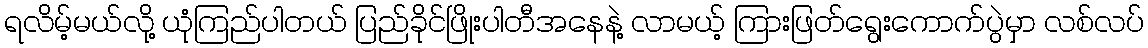
ရလိမ့်မယ်လို့ ယုံကြည်ပါတယ် ပြည်ခိုင်ဖြိုးပါတီအနေနဲ့ လာမယ့် ကြားဖြတ်ရွေးကောက်ပွဲမှာ လစ်လပ်